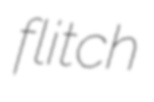
flitch